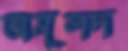
অমূলদ